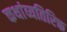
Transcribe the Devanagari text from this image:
कथांव्यतिरिक्त